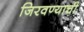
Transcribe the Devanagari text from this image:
जिरवण्याची